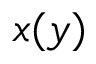
x ( y )